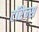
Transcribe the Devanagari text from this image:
टॉरेन्स